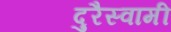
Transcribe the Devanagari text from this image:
दुरैस्वामी